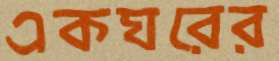
একঘরের